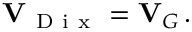
{ \bf V } _ { \mathrm { ~ D ~ i ~ x ~ } } = { \bf V } _ { G } \, .